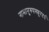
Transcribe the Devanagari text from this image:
नामानुरुपस्फुरदर्थ